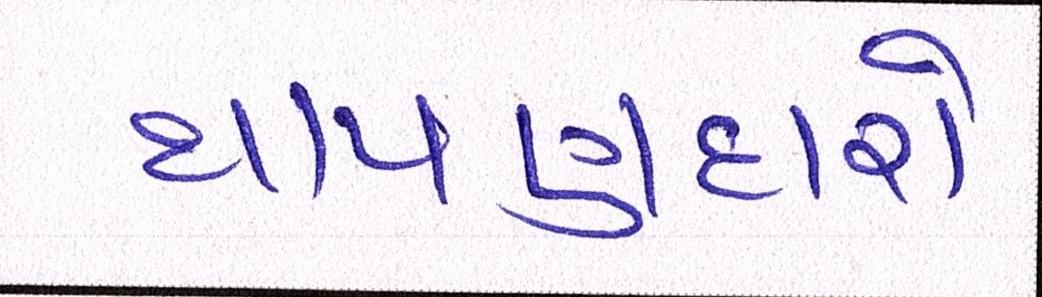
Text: થાપણદારો